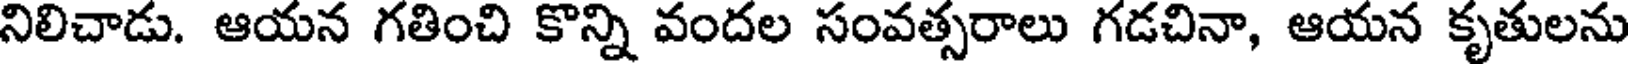
నిలిచాడు. ఆయన గతించి కొన్ని వందల సంవత్సరాలు గడచినా, ఆయన కృతులను